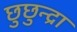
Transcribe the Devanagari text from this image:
छुछुन्द्रा